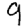
Digit: 9